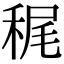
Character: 䅏